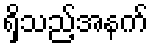
ရှိသည့်အနက်